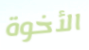
الأخوة